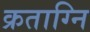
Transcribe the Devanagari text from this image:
क्रताग्नि